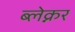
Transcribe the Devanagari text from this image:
ब्लेक्नर